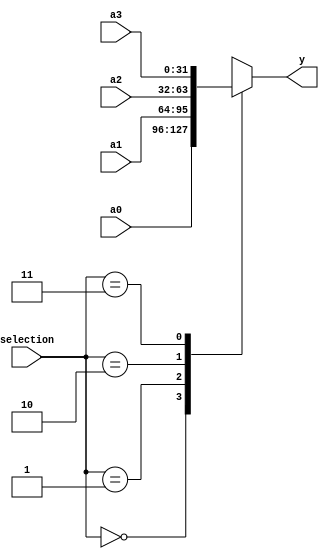
//////////////////////////////////////////////////////////////////////////////////
// Module Name: Multiplexer 4-to-1 (32-Bit)
// Revision:
// 02.07.2020 -> Revision 0.01 - Created
//////////////////////////////////////////////////////////////////////////////////

`timescale 1ns / 1ps

module mux4x32(input [31:0] a0, a1, a2, a3,
			   input [1:0] selection,
			   output reg [31:0] y);
                
    always@(selection or a0 or a1 or a2 or a3) begin
        case(selection)
            2'b00: y = a0;
            2'b01: y = a1;
            2'b10: y = a2;
            2'b11: y = a3;
        endcase
    end
    
endmodule